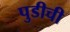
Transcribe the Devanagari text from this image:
पुडीची